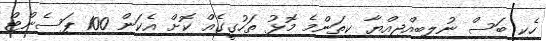
ހެކި ބަސް ނުލިބިއްޖިއްޔާ ކިތަންމެ މޮޅު ތަހުގީގެއް ކޮށް އެކަން 100 ޕަސެންޓް